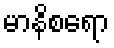
မာနိစရော